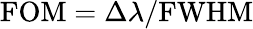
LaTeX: \mathrm{FOM}=\Delta\lambda/\mathrm{FWHM}